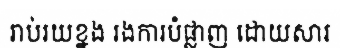
រាប់រយខ្នង រងការបំផ្លាញ ដោយសារ